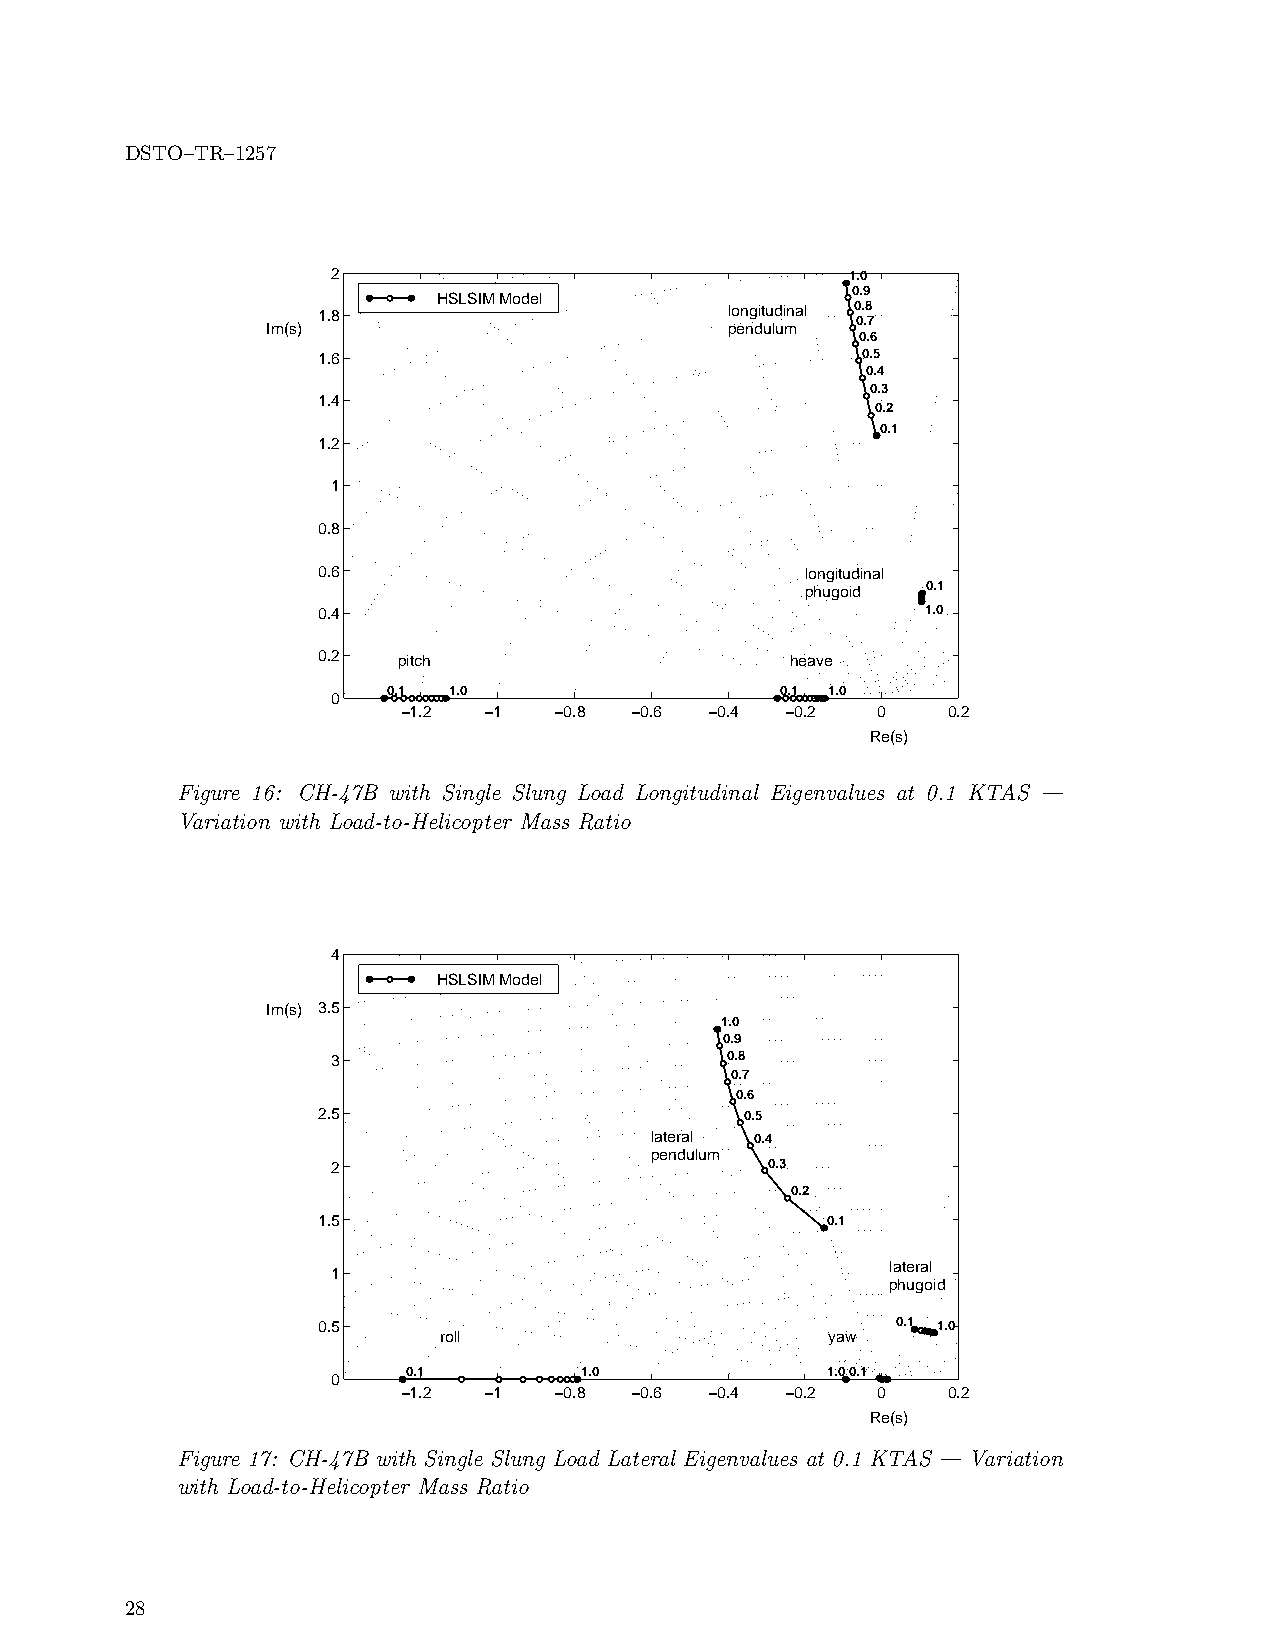
DSTO–TR–1257
 2                                 1.0
 0.9
 HSLSIM Model
 1.8                        longitudinal 0 0. .8 7
 Im(s)                         pendulum
 0.6
 1.6                                 0.5
 0.4
 0.3
 1.4
 0.2
 0.1
 1.2
 1
 0.8
 0.6                             longitudinal
 phugoid 0.1
 0.4                                     1.0
 0.2  pitch                     heave
 0.1 1.0                   0.1 1.0
 0
 −1.2 −1   −0.8 −0.6 −0.4 −0.2  0    0.2
 Re(s)
 Figure 16: CH-47B with Single Slung Load Longitudinal Eigenvalues at 0.1 KTAS —
 Variation with Load-to-Helicopter Mass Ratio
 4
 HSLSIM Model
 Im(s) 3.5
 1.0
 0.9
 3                         0.8
 0.7
 0.6
 2.5                         0.5
 lateral 0.4
 pendulum
 2                            0.3
 0.2
 1.5                               0.1
 lateral
 1
 phugoid
 0.5                                   0.1 1.0
 roll                      yaw
 0.1        1.0              1.0 0.1
 0
 −1.2 −1   −0.8 −0.6 −0.4 −0.2  0    0.2
 Re(s)
 Figure 17: CH-47B with Single Slung Load Lateral Eigenvalues at 0.1 KTAS — Variation
 with Load-to-Helicopter Mass Ratio
 28